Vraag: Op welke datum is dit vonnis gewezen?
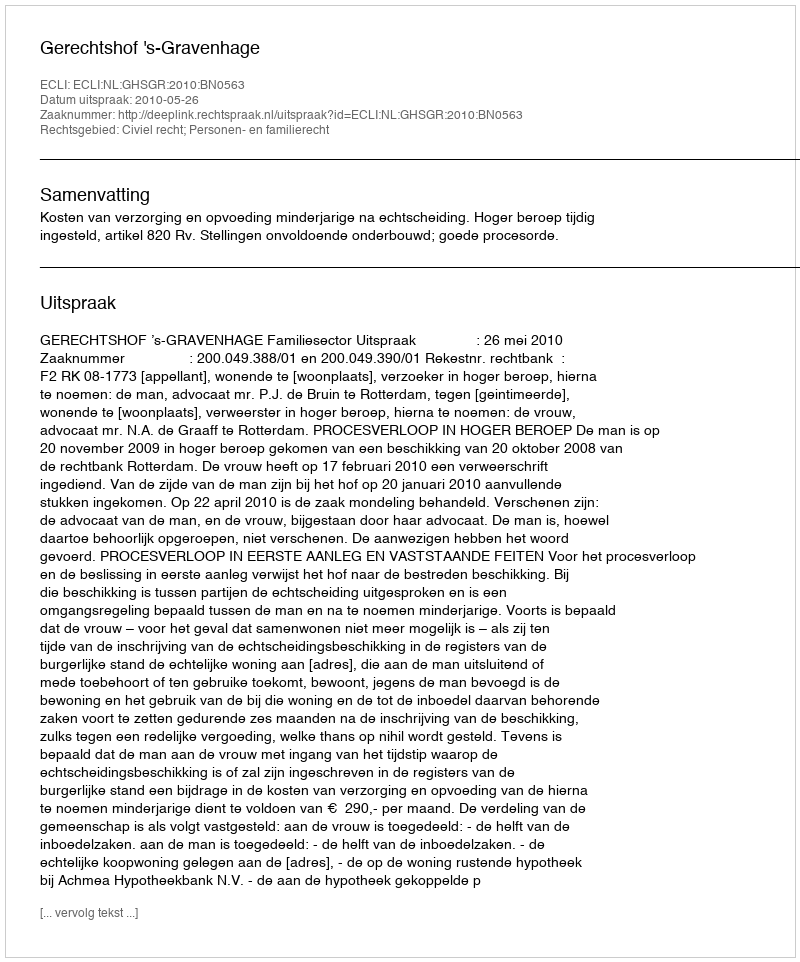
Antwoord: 2010-05-26